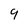
Character: 9